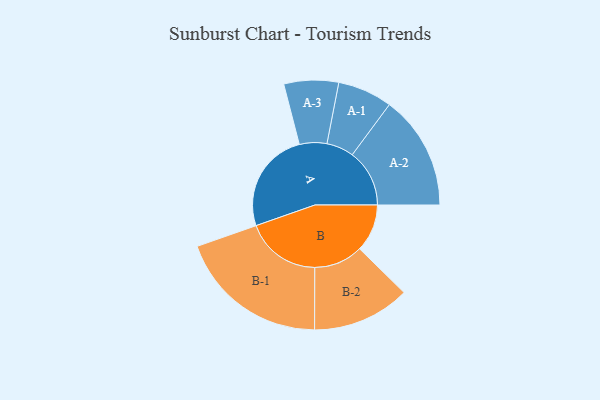
{"axis": {"x": "Segment", "y": "Value"}, "legend": ["", "A", "B"], "data": [{"x": "A", "y": 390, "type": ""}, {"x": "B", "y": 183, "type": ""}, {"x": "A-1", "y": 105, "type": "A"}, {"x": "A-2", "y": 220, "type": "A"}, {"x": "A-3", "y": 105, "type": "A"}, {"x": "B-1", "y": 290, "type": "B"}, {"x": "B-2", "y": 188, "type": "B"}]}